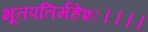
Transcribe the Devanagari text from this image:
भूतपतिर्महेशः।।।।